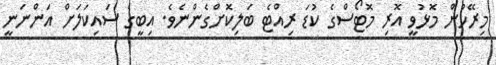
މިރޭހުން މޮޅުވީ އޮރި މޮޓޯސްގެ ކުޑަ ރިއްޓެ ބަލިކޮށްގެންނެވެ. އިބީގެ ސައިކަލަށް އަންނަނީ